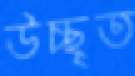
উচ্ছৃত